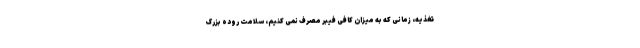
تغذیه، زمانی که به میزان کافی فیبر مصرف نمی کنیم، سلامت روده بزرگ